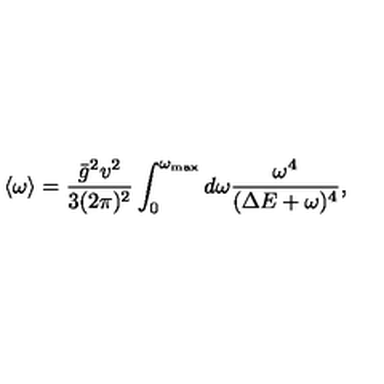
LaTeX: \langle \omega \rangle = \frac { \bar { g } ^ { 2 } v ^ { 2 } } { 3 ( 2 \pi ) ^ { 2 } } \int _ { 0 } ^ { \omega _ { \mathrm { m a x } } } d \omega \frac { \omega ^ { 4 } } { ( \Delta E + \omega ) ^ { 4 } } ,